Code of medical and sanitary regulations for the guidance of medical officers serving in the Madras Presidency - Volume II
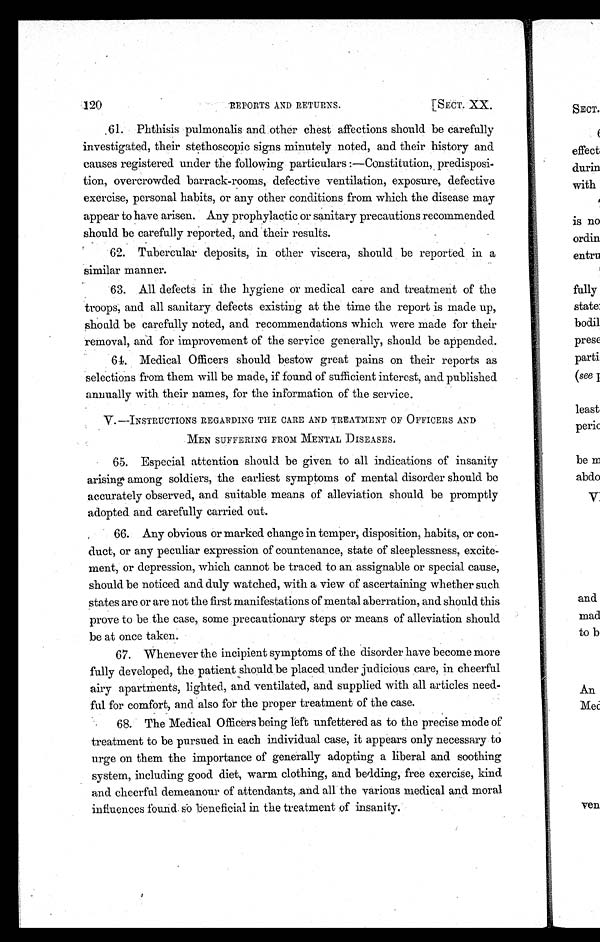
120
REPORTS AND RETURNS.
[SECT. XX.
61. Phthisis pulmonalis and other chest affections should be carefully
investigated, their stethoscopic signs minutely noted, and their history and
causes registered under the following particulars :—Constitution, predisposi-
tion, overcrowded barrack-rooms, defective ventilation, exposure, defective
exercise, personal habits, or any other conditions from which the disease may
appear to have arisen. Any prophylactic or sanitary precautions recommended.
should be carefully reported, and their results.
62. Tubercular deposits, in other viscera, should be reported in a
similar manner.
63. All defects in the hygiene or medical care and treatment of the
troops, and all sanitary defects existing at the time the report is made up,
should be carefully noted, and recommendations which were made for their
removal, and for improvement of the service generally, should be appended.
64. Medical Officers should bestow great pains on their reports as
selections from them will be made, if found of sufficient interest, and published.
annually with their names, for the information of the service.
V.—INSTRUCTIONS REGARDING THE CARE AND TREATMENT OF OFFICERS AND
MEN SUFFERING FROM MENTAL DISEASES.
65. Especial attention should be given to all indications of insanity
arising among soldiers, the earliest symptoms of mental disorder should be
accurately observed, and suitable means of alleviation should be promptly
adopted. and carefully carried out.
66. Any obvious or marked. change in temper, disposition, habits, or con-
duct, or any peculiar expression of countenance, state of sleeplessness, excite-
ment, or depression, which cannot be traced to an assignable or special cause,
should be noticed and duly watched, with a view of ascertaining whether such
states are or are not the first manifestations of mental aberration, and should this
prove to be the case, some precautionary steps or means of alleviation should
be at once taken.
67. Whenever the incipient symptoms of the disorder have become more
fully developed, the patient should be placed under judicious care, in cheerful
airy apartments, lighted, and ventilated, and supplied with all articles need-
ful for comfort, and also for the proper treatment of the case.
68. The Medical Officers being left unfettered as to the precise mode of
treatment to be pursued in each individual case, it appears only necessary to
urge on them the importance of generally adopting a liberal and soothing
system, including good diet, warm clothing, and bedding, free exercise, kind
and cheerful demeanour of attendants, and all the various medical and moral
influences found so beneficial in the treatment of insanity.